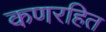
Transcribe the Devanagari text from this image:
कणरहित